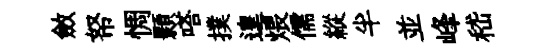
斂帑惆顥嗒撲遑煨儒縱半並峰嵇